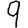
Digit: 9